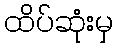
ထိပ်ဆုံးမှ